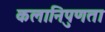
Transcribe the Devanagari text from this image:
कलानिपुणता